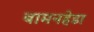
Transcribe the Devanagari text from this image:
बामनहेडा